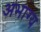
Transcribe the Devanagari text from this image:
अभाग्य